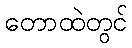
တောထဲတွင်